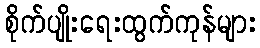
စိုက်ပျိုးရေးထွက်ကုန်များ